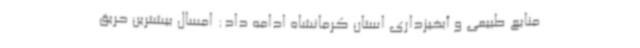
منابع طبیعی و آبخیزداری استان کرمانشاه ادامه داد: امسال بیشترین حریق